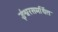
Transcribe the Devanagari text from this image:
ईश्वरसमर्थित